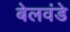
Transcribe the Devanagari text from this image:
बेलवंडे